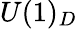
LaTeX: U(1)_{D}